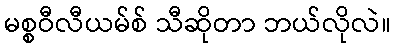
မစ္စဝီလီယမ်စ် သီဆိုတာ ဘယ်လိုလဲ။